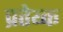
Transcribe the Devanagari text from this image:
प्रतेय्क